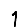
Digit: 1